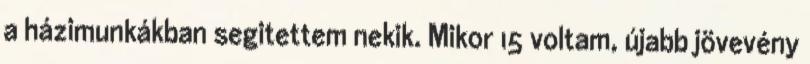
a házimunkákban segitettem nekik. Mikor 15 voltam, újabb jövevény